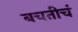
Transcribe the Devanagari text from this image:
बचतीचं